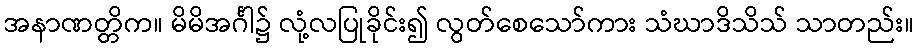
အနာဏတ္တိက။ မိမိအင်္ဂါ၌ လုံ့လပြုခိုင်း၍ လွတ်စေသော်ကား သံဃာဒိသိသ် သာတည်း။